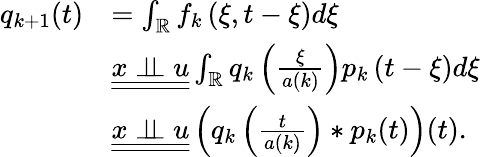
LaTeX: \begin{array}{rl}{q_{k+1}(t)}&{=\int_{\mathbb{R}}f_{k}\left(\xi,t-\xi\right)d\xi}\\ &{\underline{{\underline{{x\perp\! \! \! \perp u}}}}\int_{\mathbb{R}}q_{k}\left(\frac{\xi}{a(k)}\right)p_{k}\left(t-\xi\right)d\xi}\\ &{\underline{{\underline{{x\perp\! \! \! \perp u}}}}\left(q_{k}\left(\frac{t}{a(k)}\right)*p_{k}(t)\right)(t).}\end{array}